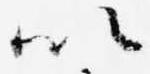
以